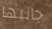
جانبها